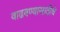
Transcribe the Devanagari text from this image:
वाढवण्यासाठीचे